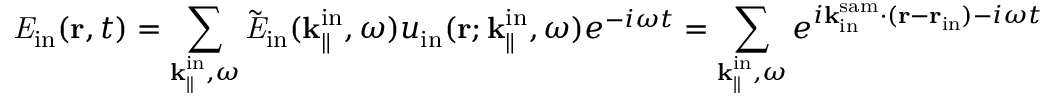
{ \it E } _ { \mathrm { i n } } ( { \bf r } , t ) = \sum _ { { \bf k } _ { \parallel } ^ { \mathrm { i n } } , \omega } \tilde { \it E } _ { \mathrm { i n } } ( { \bf k } _ { \parallel } ^ { \mathrm { i n } } , \omega ) u _ { \mathrm { i n } } ( { \bf r } ; { \bf k } _ { \parallel } ^ { \mathrm { i n } } , \omega ) e ^ { - i \omega t } = \sum _ { { \bf k } _ { \parallel } ^ { \mathrm { i n } } , \omega } e ^ { i { \bf k } _ { \mathrm { i n } } ^ { \mathrm { s a m } } \cdot ( { \bf r } - { \bf r } _ { \mathrm { i n } } ) - i \omega t }